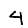
Digit: 4